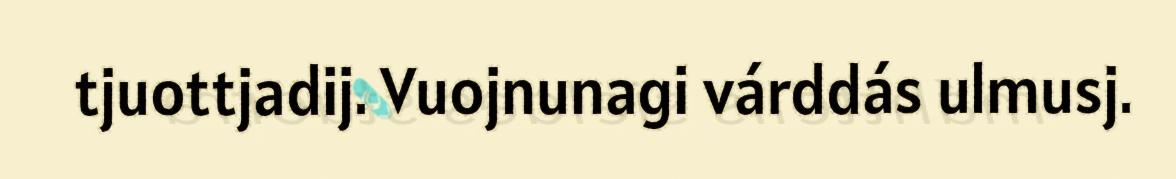
tjuottjadij. Vuojnunagi várddás ulmusj.